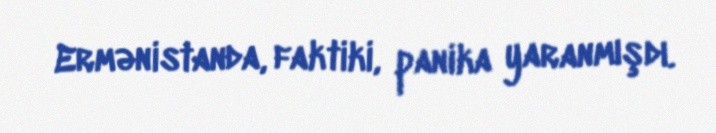
Ermənistanda, faktiki, panika yaranmışdı.